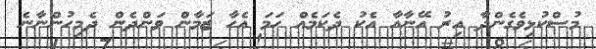
މުސްކުޅިވެގެންދާ އިރު އޭނާއާ އެކު ދެކަމެއް ހަމަ އެހާ ޒަމާން ވަންދެން ދެމިހުންނާނެ